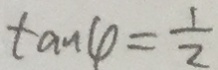
\tan \varphi = \frac { 1 } { 2 }